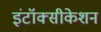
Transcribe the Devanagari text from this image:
इंटॉक्सीकेशन